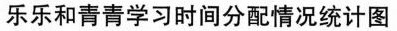
乐乐和青青学习时间分配情况统计图